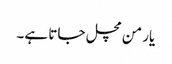
یار من مچل جاتا ہے۔